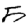
Digit: 5